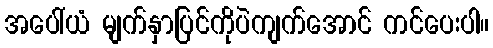
အပေါ်ယံ မျက်နှာပြင်ကိုပဲကျက်အောင် ကင်ပေးပါ။